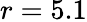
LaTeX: r=5.1